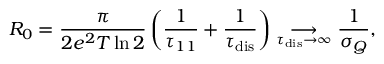
R _ { 0 } = \frac { \pi } { 2 e ^ { 2 } T \ln 2 } \left( \frac { 1 } { \tau _ { 1 1 } } + \frac { 1 } { \tau _ { \mathrm { d i s } } } \right) \underset { \tau _ { \mathrm { d i s } } \rightarrow \infty } { \longrightarrow } \frac { 1 } { \sigma _ { Q } } ,